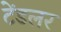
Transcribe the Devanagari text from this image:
टेंडलर